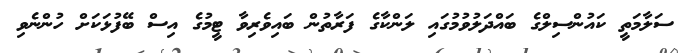
ސަލާމަތީ ކައުންސިލްގެ ބައްދަލުވުމުގައި ލަންކާގެ ފަރާތުން ބައިވެރިވާ ޓީމުގެ އިސް ބޭފުޅަކަށް ހުންނެވި